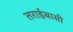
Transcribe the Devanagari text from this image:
तराईबासी